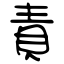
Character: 責